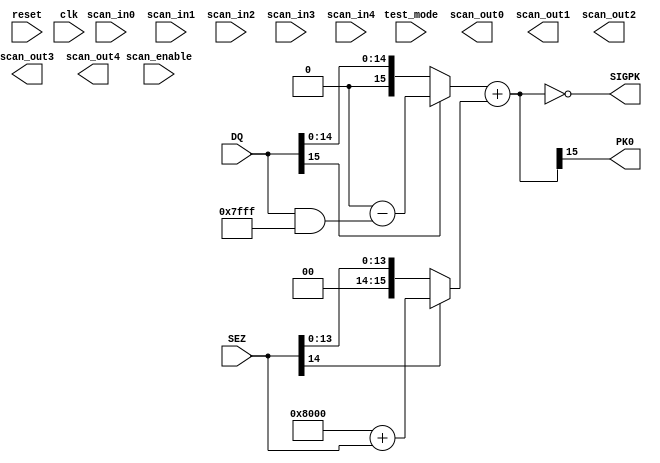
/*

Descrition : Get sign of addition of quantized difference signal & partial
	signal estimate

Author : Siddharth Ramkrishnan

Revision History :
//----------------------------------------------------------------------------------
2/12/16	-	Siddharth	- Initial creation
2/15/16	-	Siddharth	- Removal of Variable Size of DQ & Changes to improve Test Coverage
2/17/16	-	Adam		- Added actual description of block
3/30/16	-	Siddharth	- Addition of comments to the (already easy to read) operations
//----------------------------------------------------------------------------------

*/

module ADDC (
           reset,
           clk,
           scan_in0,
           scan_in1,
           scan_in2,
           scan_in3,
           scan_in4,
           scan_enable,
           test_mode,
           scan_out0,
           scan_out1,
           scan_out2,
           scan_out3,
           scan_out4,
           DQ,
           SEZ,
           PK0,
           SIGPK           
       );

input
    reset,                      // system reset
    clk;                        // system clock

input
    scan_in0,                   // test scan mode data input
    scan_in1,                   // test scan mode data input
    scan_in2,                   // test scan mode data input
    scan_in3,                   // test scan mode data input
    scan_in4,                   // test scan mode data input
    scan_enable,                // test scan mode enable
    test_mode;                  // test mode 

output
    scan_out0,                  // test scan mode data output
    scan_out1,                  // test scan mode data output
    scan_out2,                  // test scan mode data output
    scan_out3,                  // test scan mode data output
    scan_out4;                  // test scan mode data output

input [15:0]
	DQ;

input [14:0]
	SEZ;
        
output wire
	PK0,
	SIGPK;

wire
	DQS,
	SEZS;

wire [15:0] 
	DQI,
	DQSEZ,
	SEZI;
	
assign	DQS	=	DQ[15];							// Read the sign of DQ and update to DQS

assign	DQI	=	(DQS == 0)?	DQ	:	(65536 - (DQ & 32767));	// Conversion of Sign Magnitude Number to 2's complement

assign	SEZS	=	SEZ[14];						// Read the sign of SEZ and update to SEZS
	
assign	SEZI	=	(SEZS == 0)?	SEZ	:	((32768) + SEZ);	// Conversion of 15 bit 2's complement to 16 bit representation
	
assign	DQSEZ	=	(DQI + SEZI);						// 2's complement addition of DQ and SEZ
	
assign	PK0	=	DQSEZ[15]; 						// Read the sign of DQSEZ and update to PK0
	
assign	SIGPK	=	(DQSEZ == 0);						// Zero value status of DQSEZ is indicated in SIGPK

endmodule // ADDC